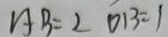
A B = 2 O B = 1